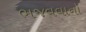
ભજવવાનો